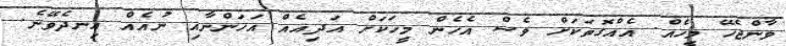
ވާންޖެހޭ މީހެއް. އެއްގޮތަކަށް ވެސް އެހެން މީހަކަށް އަދިއެއް އަހަންނާއި ނުއެއް އިނދެވޭނެ.